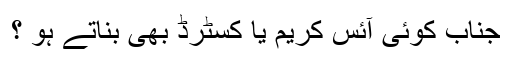
جناب کوئی آئس کريم یا کسٹرڈ بھی بناتے ہو ؟